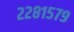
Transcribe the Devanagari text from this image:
२२८१५७९